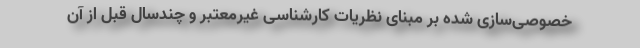
خصوصی‌سازی شده بر مبنای نظریات کارشناسی غیرمعتبر و چندسال قبل از آن